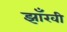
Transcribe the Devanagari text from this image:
झाँखी